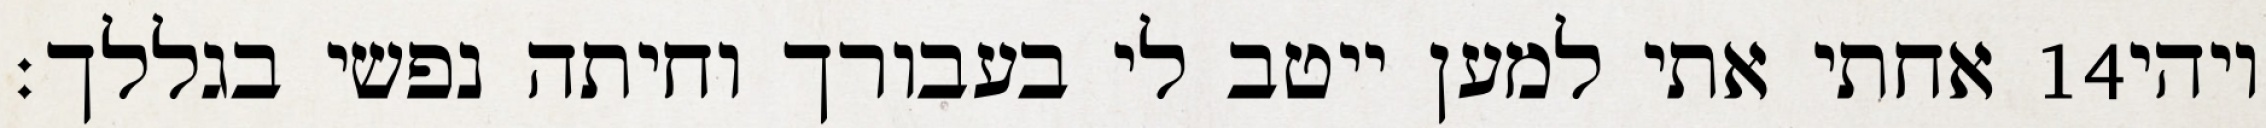
אחתי אתי למען ייטב לי בעבורך וחיתה נפשי בגללך׃ ‎14‏ ויהי